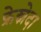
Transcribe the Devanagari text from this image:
फ्रेस्नेदा